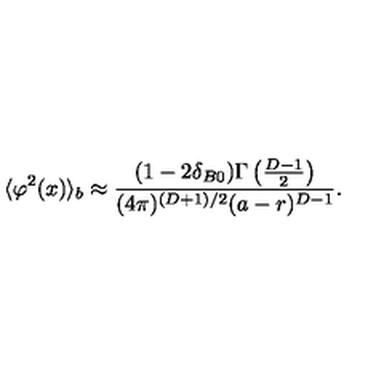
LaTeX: \langle \varphi ^ { 2 } ( x ) \rangle _ { b } \approx \frac { ( 1 - 2 \delta _ { B 0 } ) \Gamma \left( \frac { D - 1 } { 2 } \right) } { ( 4 \pi ) ^ { ( D + 1 ) / 2 } ( a - r ) ^ { D - 1 } } .